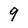
Character: 9